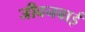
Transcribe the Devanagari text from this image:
जीवनबाई